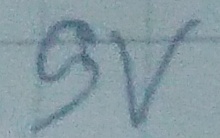
Text: 9V